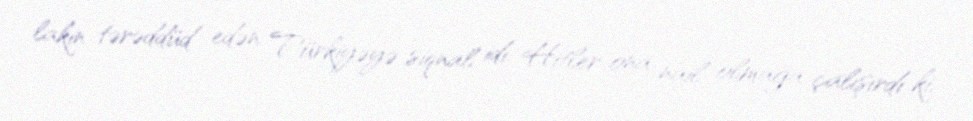
lakin tərəddüd edən Türkiyəyə siqnal idi. Hitler ona nail olmağa çalışırdı ki,